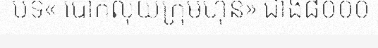
បទ« បោកលុយក្រុមហ៊ុន» ជាង៨០០០